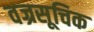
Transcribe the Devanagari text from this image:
वज्रसूचिक